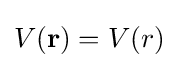
V(\mathbf {r} )=V(r)